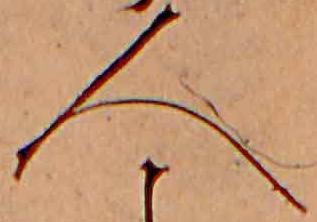
人